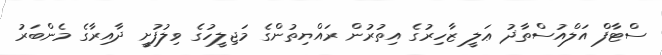
ސްޓާފް އަލްއުސްތާޛު ޢަލީ ޒާހިރުގެ އިތުރުން ރައްޔިތުންގެ މަޖިލީހުގެ ވިލުފުށީ ދާއިރާގެ މެންބަރު